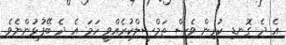
އެ ދެ ގޮނޑި ކުރިން ވެސް ތަމްސީލްކުރެއްވީ ހަމަ އެ ދެ ބޭފުޅުންނެވެ.